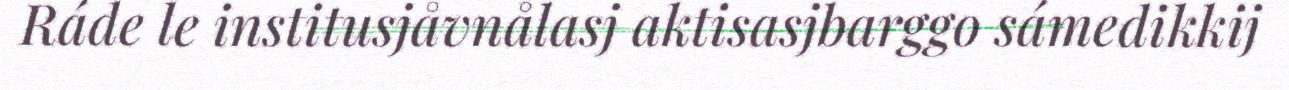
Ráde le institusjåvnålasj aktisasjbarggo sámedikkij